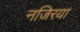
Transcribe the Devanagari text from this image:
नजिरया